Vaccination in Bombay 1874-1876 - 1874-1876
Year: 1874
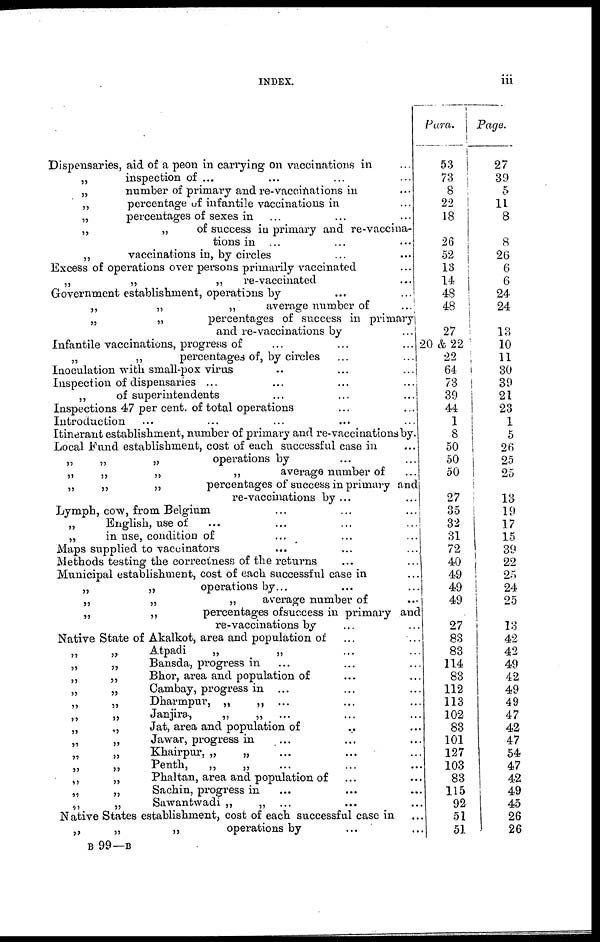
iii
INDEX.
Dispensaries, aid of a peon in carrying on vaccinations in ...
„
inspection of ... ... ... ...
„
number of primary and re-vaccinations in ...
„
percentage of infantile vaccinations in ...
„
percentages of sexes in ... ... ...
„
„
of success in primary and re-vaccina-
tions in ... ... ...
„
vaccinations in, by circles ... ...
Excess of operations over persons primarily vaccinated ...
„
„
„
re-vaccinated ...
Government establishment, operations by ... ...
„
„
„
average number of ...
„
„
percentages of success in primary
and re-vaccinations by
...
Infantile vaccinations, progress of ... ... ...
„
„
percentages of, by circles
...
...
Inoculation with small-pox virus
..
...
...
Inspection of dispensaries ... ... ... ...
„
of superintendents ... ... ...
Inspections 47 per cent. of total operations ... ...
Introduction ... ... ... ... ...
Itinerant establishment, number of primary and re-vaccinations by.
Local Fund establishment, cost of each successful case in ...
„
„
„
operations by ... ...
„
„
„
„
average number of ...
„
„
„
percentages of success in primary and
re-vaccinations by ... ...
Lymph, cow, from Belgium ... ... ...
„
English, use of ... ... ... ...
„
in use, condition of ... ... ...
Maps supplied to vaccinators ... ... ...
Methods testing the correctness of the returns ... ...
Municipal establishment, cost of each successful case in ...
„
„
operations by... ... ...
„
„
„
average number of ...
„
„
percentages of success in primary and
re-vaccinations by ... ...
Native State of Akalkot, area and population of ... ...
„
„
Atpadi
„
„ ... ...
„
„
Bansda, progress in
... ... ...
„
„
Bhor, area and population of ... ...
„
„
Cambay, progress in ... ... ...
„
„
Dharmpur, „
„ ... ... ...
„
Janjira,
„
„
... ... ...
„
„
Jat, area and population of ... ...
„
„
Jawar, progress in
... ... ...
„
„
Khairpur, „
„ ... ... ...
„
„
Penth,
„
„ ... ... ...
„
„
Phaltan, area and population of ... ...
„
„
Sachin, progress in ... ... ...
„
„
Sawantwadi „
„ ... ... ...
Native States establishment, cost of each successful case in ...
„
„
„
operations by ... ...
Para.
53
73
8
22
18
26
52
13
14
48
48
27
20 & 22
22
64
73
39
44
1
8
50
50
50
27
35
32
31
72
40
49
49
49
27
83
83
114
83
112
113
102
83
101
127
103
83
115
92
51
51
Page.
27
39
5
11
8
8
26
6
6
24
24
13
10
11
30
39
21
23
1
5
26
25
25
13
19
17 15
39
22
25
24
25
13
42
42
49
42
49
49
47
42
47
54
47
42
49
45
26
26
B 99—B